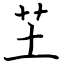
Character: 芏